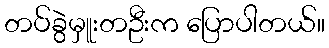
တပ်ခွဲမှူးတဦးက ပြောပါတယ်။